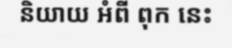
និយាយ អំពី ពុក នេះ